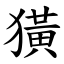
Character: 獚